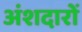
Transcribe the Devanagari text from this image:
अंशदारों